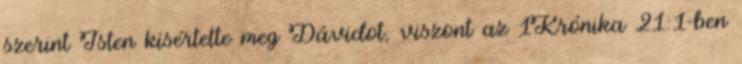
szerint Isten kísértette meg Dávidot, viszont az 1Krónika 21:1-ben